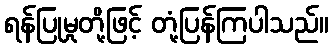
ရန်ပြုမှုတို့ဖြင့် တုံ့ပြန်ကြပါသည်။